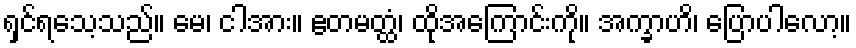
ရှင်ရသေ့သည်။ မေ၊ ငါအား။ ဧတမတ္ထံ၊ ထိုအကြောင်းကို။ အက္ခာဟိ၊ ပြောပါလော့။